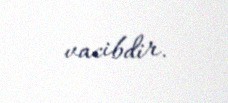
vacibdir.